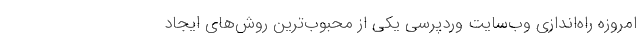
امروزه راه‌اندازی وب‌سایت وردپرسی یکی از محبوب‌ترین روش‌های ایجاد